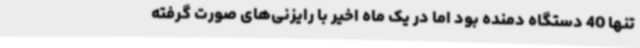
تنها 40 دستگاه دمنده بود اما در یک ماه اخیر با رایزنی‌های صورت گرفته